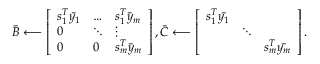
\bar { B } \longleftarrow \left[ \begin{array} { l l l } { s _ { 1 } ^ { T } \bar { y _ { 1 } } } & { \dots } & { s _ { 1 } ^ { T } \bar { y } _ { m } } \\ { 0 } & { \ddots } & { \vdots } \\ { 0 } & { 0 } & { s _ { m } ^ { T } \bar { y } _ { m } } \end{array} \right] , \bar { C } \longleftarrow \left[ \begin{array} { l l l } { { s _ { 1 } ^ { T } \bar { y _ { 1 } } } } & & \\ & { \ddots } & \\ & & { { s _ { m } ^ { T } } \bar { y _ { m } } } \end{array} \right] .